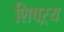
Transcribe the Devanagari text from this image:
शिषऱ्य